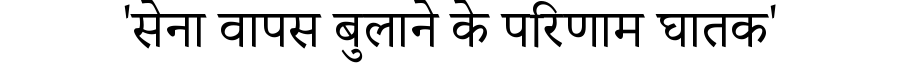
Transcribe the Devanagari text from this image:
'सेना वापस बुलाने के परिणाम घातक'